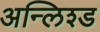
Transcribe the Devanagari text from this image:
अन्लिश्ड